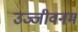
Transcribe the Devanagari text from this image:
उज्जीवनम